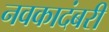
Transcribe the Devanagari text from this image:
नवकादंबरी